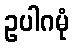
ဥပါဂမုံ